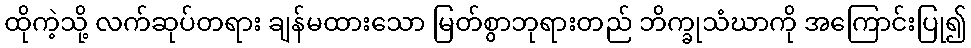
ထိုကဲ့သို့ လက်ဆုပ်တရား ချန်မထားသော မြတ်စွာဘုရားတည် ဘိက္ခုသံဃာကို အကြောင်းပြု၍